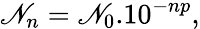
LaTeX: \mathscr{N}_{n}=\mathscr{N}_{0}.10^{-np},